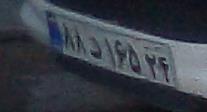
۸۸د۱۶۵۲۴